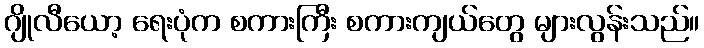
ဂျိုလီယော့ ရေးပုံက စကားကြီး စကားကျယ်တွေ များလွန်းသည်။